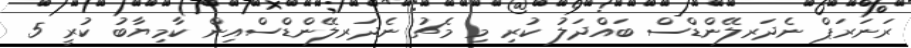
ރަނަރަޕް ނެދަރލޭންޑްސް ބައްދަލު ކުރި މި މެޗު ނެދަރލޭންޑްސްއިން ކާމިޔާބު ކުރީ 5